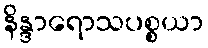
နိန္ဒာရောသပစ္စယာ